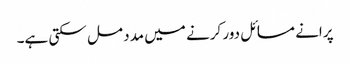
پرانے مسائل دور کرنے میں مدد مل سکتی ہے۔